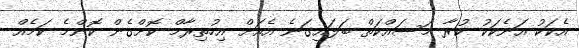
އެކަކު އަނެކަކު ކުރާ މަސައްކަތް ބަލައިގަނެ އެއަށް އިހުތިރާމް ކޮށްގެން ކޮންމެ ކަމެއް